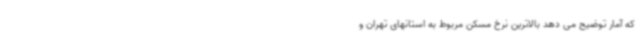
که آمار توضیح می دهد بالاترین نرخ مسکن مربوط به استانهای تهران و